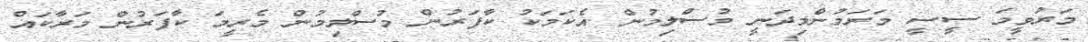
މަރުވީމަ ސީސީ މަރަމުންމިދަނީ މުސްލިމުން .އެކަމަކު ކާފަރުން މުސްލިމުން މެރީމަ ކާފަރުން މަރާކައް